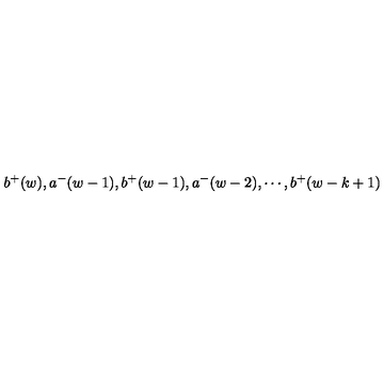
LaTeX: b ^ { + } ( w ) , a ^ { - } ( w - 1 ) , b ^ { + } ( w - 1 ) , a ^ { - } ( w - 2 ) , \cdots , b ^ { + } ( w - k + 1 )